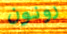
رونون